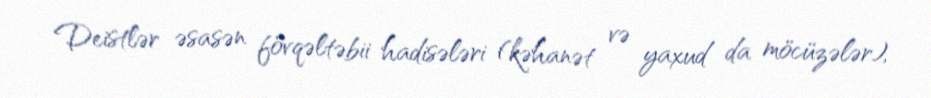
Deistlər əsasən fövqəltəbii hadisələri (kəhanət və yaxud da möcüzələr),